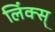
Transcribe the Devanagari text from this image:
लिंक्स्